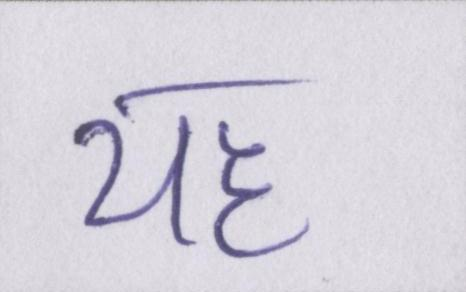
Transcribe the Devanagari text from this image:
यह